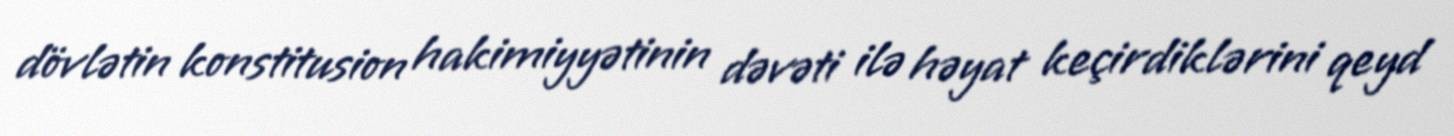
dövlətin konstitusion hakimiyyətinin dəvəti ilə həyat keçirdiklərini qeyd